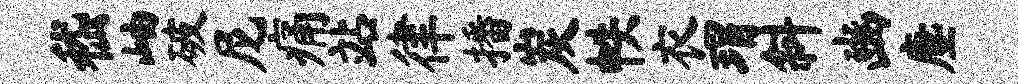
嵇岫破尼痛站律播炭帙衣瑁斜豳麈